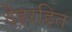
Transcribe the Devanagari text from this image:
देहरहित